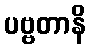
ပဗ္ဗတာနိ